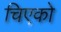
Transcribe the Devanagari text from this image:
चिएको